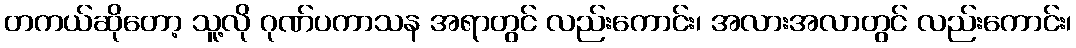
တကယ်ဆိုတော့ သူ့လို ဂုဏ်ပကာသန အရာတွင် လည်းကောင်း၊ အလားအလာတွင် လည်းကောင်း၊